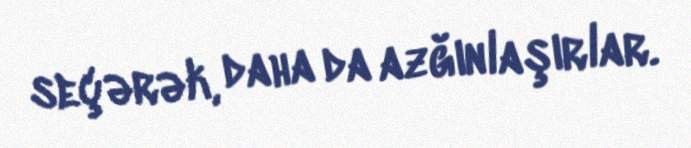
seçərək, daha da azğınlaşırlar.